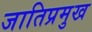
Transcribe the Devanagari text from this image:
जातिप्रमुख